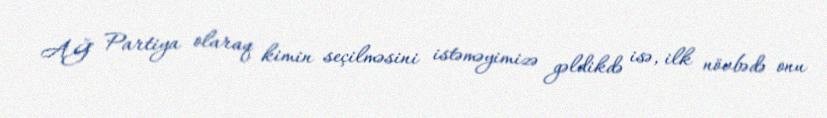
AĞ Partiya olaraq kimin seçilməsini istəməyimizə gəldikdə isə, ilk növbədə onu